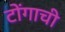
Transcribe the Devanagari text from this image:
टोंगाची